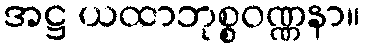
အဋ္ဌ ယထာဘုစ္စဝဏ္ဏနာ။